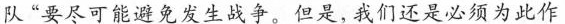
队”要尽可能避免发生战争。但是，我们还是必须为此作